Vaccination North-Western Provinces 1866-1877 - 1866-1877
Year: 1866
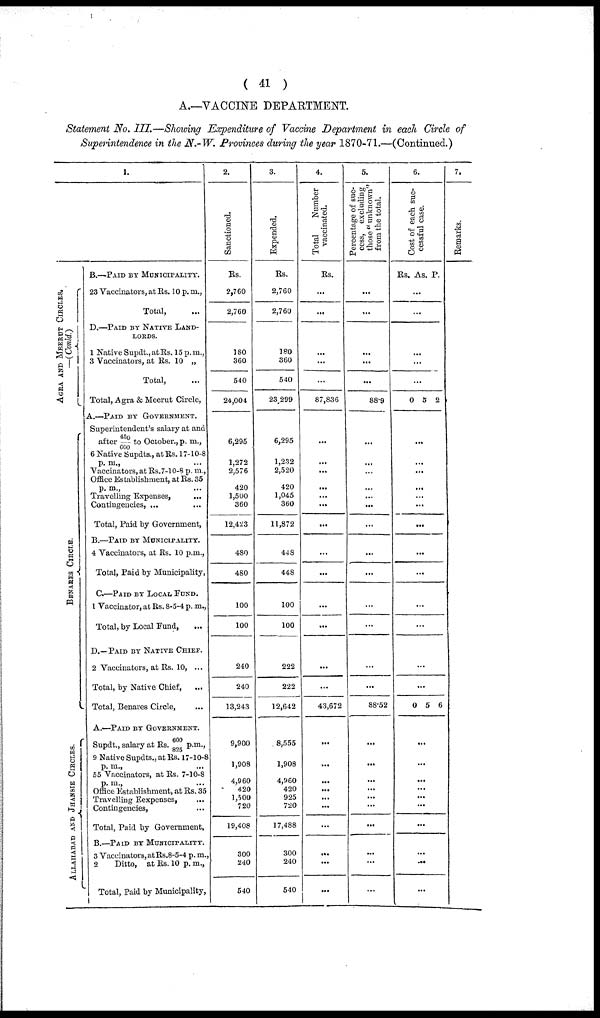
( 41 )
A.—VACCINE DEPARTMENT.
Statement No. III.—Showing Expenditure of Vaccine Department in each Circle of
Superintendence in the N.-W. Provinces during the year 1870-71.—(Continued.)
AGRA AND MEERUT CIRCLES.
—(Conld.)
BENARES CIRCLE.
ALLAHABAD AND JHANSIE CIRCLES.
1.
B.—PAID BY MUNICIPALITY.
23 Vaccinators, at Rs. 10 p. m.,
Total, ...
D.—PAID BY NATIVE LAND¬
------
1 Native Supdt., at Rs. 15 p. m.,
3 Vaccinators, at Rs. 10 „
Total, ...
Total, Agra & Meerut Circle,
A.—PAID BY GOVERNMENT.
Superintendent's salary at and
after 450 / 600 to October., p. m.,
6 Native Supdts., at Rs. 17-10-8
p. m.,
Vaccinators, at Rs.7-10-8 p. m.,
Office Establishment, at Rs. 35
p. m., ...
Travelling Expenses, ...
Contingencies, ...
Total, Paid by Government,
B.—PAID BY MUNICIPALITY.
4 Vaccinators, at Rs. 10 p.m.,
Total, Paid by Municipality,
C.—PAID BY LOCAL FUND.
1 Vaccinator, at Rs. 8-5-4 p. m.,
Total, by Local Fund,
...
D.—PAID BY NATIVE CHIEF.
2 Vaccinators, at Rs. 10, ...
Total, by Native Chief, ...
Total, Benares Circle, ...
A.—PAID BY GOVERNMENT.
Supdt., salary at Rs.600/825 p.m.,
9 Native Supdts., at Rs. 17-10-8
p. m.,
55 Vaccinators, at Rs. 7-10-8
p. m., ...
Office Establishment, at Rs. 35
Travelling Eexpenses, ...
Contingencies, ...
Total, Paid by Government,
B.—PAID BY MUNICIPALITY.
3 Vaccinators,atRs.8-5-4 p. m.,
2
Ditto, at Rs. 10 p.m.,
Total, Paid by Municipality,
2.
Sanctioned.
Rs.
2,760
2,760
180
360
540
24,004
6,295
1,272
2,576
420
1,500
360
12,423
480
480
100
100
240
240
13,243
9,900
1,908
4,960
420
1,500
720
19,408
300
240
540
3.
Expended.
Rs.
2,760
2,760
180
360
540
23,299
6,295
1,232
2,520
420
1,045
360
11,872
448
448
100
100
222
222
12,642
8,555
1,908
4,960
420
925
720
17,488
300
240
540
4.
Total
Number
vaccinated.
Rs.
...
...
...
...
...
87,836
...
...
...
...
...
...
...
...
...
...
...
...
...
43,672
...
...
...
...
...
...
...
...
...
...
5.
Percentage of suc-
cess, excluding
those " unknown"
from the total.
...
...
...
...
...
88.9
...
...
...
...
...
...
...
...
...
...
...
...
...
88.52
...
...
...
...
...
...
...
...
...
...
6.
Cost of each suc-
cessful case.
Rs. As. P.
...
...
...
...
...
0 5 2
...
...
...
...
...
...
...
...
...
...
...
...
0 5 6
...
...
...
...
...
...
...
...
...
...
7.
Remarks.